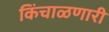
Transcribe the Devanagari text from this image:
किंचाळणारी